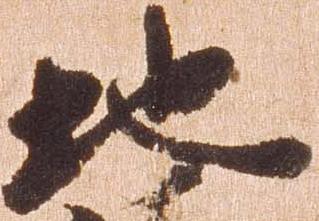
地